Vaccination Hyderabad 1890-1903 - 1890-1903
Year: 1890
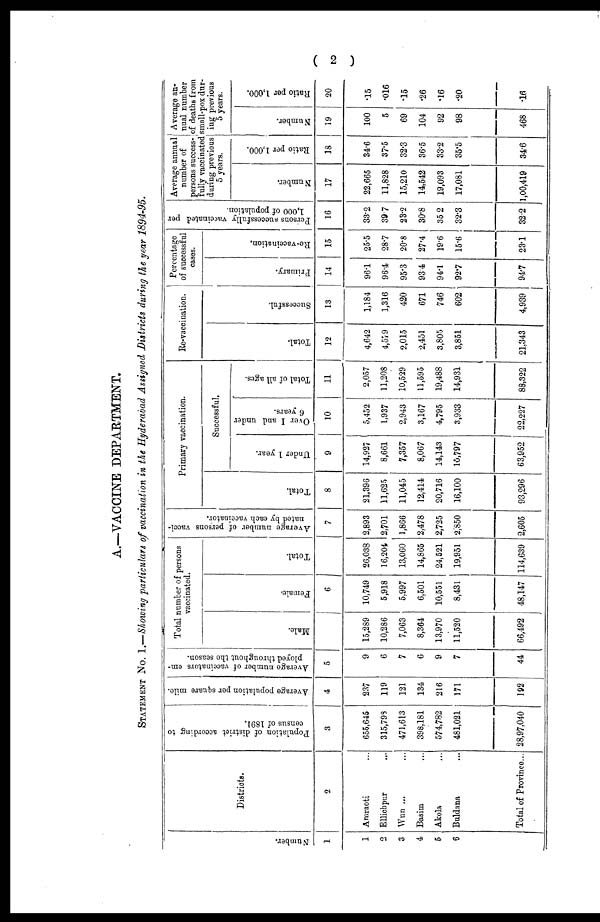
( 2 )
A.—VACCINE DEPARTMENT.
STATEMENT No. I.—Showing particulars of vaccination in the Hyderabad Assigned Districts during the year 1894-95.
Number.
1
1
2
3
4
5
6
Districts.
2
Amraoti ...
Ellichpur ...
Wun ... ...
Basim ...
Akola ...
Buldana ...
Total of Province...
Population of district according to
census of 1891.
3
655,645
315,798
471,613
398,181
574,782
481,021
28,97,040
Average population per square mile.
4
237
119
121
134
216
171
192
Average number of vaccinators em-
ployed throughout the season.
5
9
6
7
6
9
7
44
Total number of persons
vaccinated.
Male.
15,289
10,286
7,063
8,364
13,970
11,520
66,492
Female.
6
10,749
5,918
5,997
6,501
10,551
8,431
48,147
Total.
26,038
16,204
13,060
14,865
24,521
19,951
114,639
Average number of persons vacci-
nated by each vaccinator.
7
2,893
2,701
1,866
2,478
2,725
2,850
2,605
Primary vaccination.
Total.
8
21,396
11,625
11,045
12,414
20,716
16,100
93,296
Successful.
Under 1 year.
9
14,927
8,661
7,357
8,067
14,143
10,797
63,952
Over 1 and under
6 years.
10
5,452
1,937
2,943
3,167
4,795
3,933
22,227
Total of all ages.
11
2,057
11,208
10,529
11,595
19,488
14,931
88,322
Re-vaccination.
Total.
12
4,642
4,579
2,015
2,451
3,805
3,851
21,343
Successful.
13
1,184
1,316
420
671
746
602
4,939
Percentage
of successful
cases.
Primary.
14
96.1
96.4
95.3
93.4
94.1
92.7
94.7
Re-vaccination.
15
25.5
28.7
20.8
27.4
19.6
15.6
23.1
Persons successfully vaccinated per
1,000 of population.
16
33.2
39.7
23.2
30.8
35.2
32.3
32.2
Average annual
number of
persons success-
fully vaccinated
during previous
5 years.
Number.
17
22,665
11,828
15,210
14,542
19,093
17,081
1,00,419
Ratio per 1,000.
18
34.6
37.5
32.3
36.5
33.2
35.5
34.6
Average an-
nual number
of deaths from
small-pox dur-
ing previous
5 years.
Number.
19
100
5
69
104
92
98
468
Ratio per 1,000.
20
.15
.016
.15
.26
.16
.20
.16